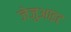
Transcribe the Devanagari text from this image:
जेजुआइट